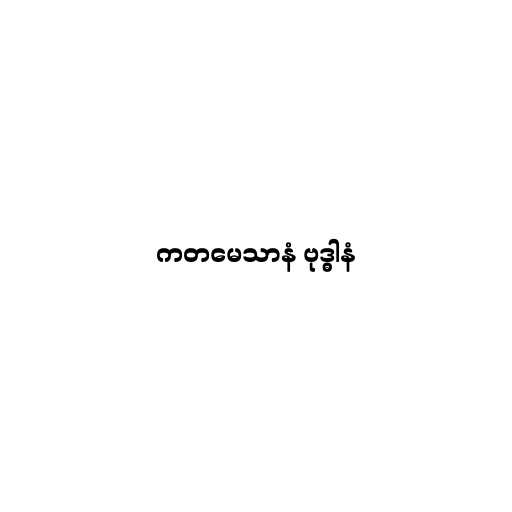
ကတမေသာနံ ဗုဒ္ဓါနံ